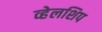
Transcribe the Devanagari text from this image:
व्हेलशिप